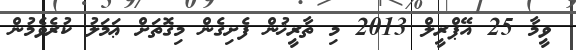
ވީމާ 25 އޭޕްރީލް 2013 މި ތާރީޚުން ފެށިގެން މިގޮތަށް ޢަމަލު ކުރެވެމުން